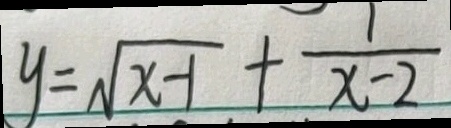
y = \sqrt { x - 1 } + \frac { 1 } { x - 2 }